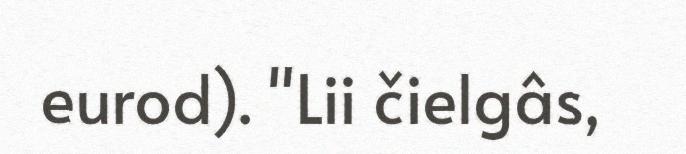
eurod). "Lii čielgâs,